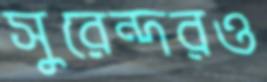
সুরেন্দরও